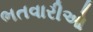
ભતવારીઓ